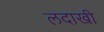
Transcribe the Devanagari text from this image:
लदाखी